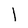
Character: 1